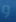
و